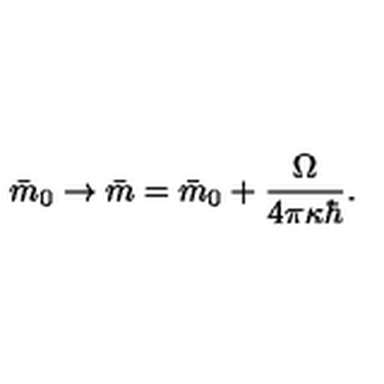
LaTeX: \bar { m } _ { 0 } \rightarrow \bar { m } = \bar { m } _ { 0 } + { \frac { \Omega } { 4 \pi \kappa \hbar } } .